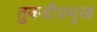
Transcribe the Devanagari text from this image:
तुकडीप्रमुख